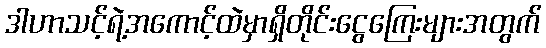
ဒါဟာသင့်ရဲ့အကောင့်ထဲမှာရှိတိုင်းငွေကြေးများအတွက်